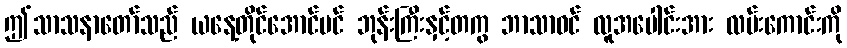
ဤသာသနာတော်သည် ယနေ့တိုင်အောင်ပင် ဘုန်းကြီးနှင့်တကွ ဘာသာဝင် လူအပေါင်းအား လမ်းကောင်းကို